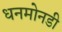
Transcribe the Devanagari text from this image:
धनमोनडी